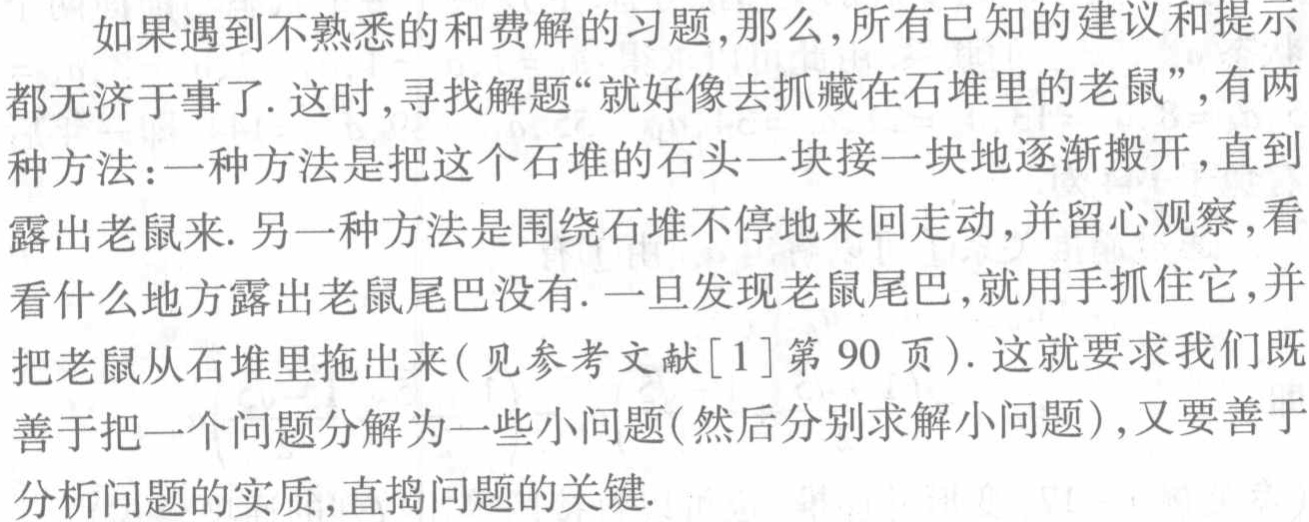
如果遇到不熟悉的和费解的习题,那么,所有已知的建议和提示都无济于事了. 这时,寻找解题“就好像去抓藏在石堆里的老鼠”,有两种方法：一种方法是把这个石堆的石头一块接一块地逐渐搬开,直到露出老鼠来. 另一种方法是围绕石堆不停地来回走动,并留心观察,看看什么地方露出老鼠尾巴没有. 一旦发现老鼠尾巴,就用手抓住它,并把老鼠从石堆里拖出来(见参考文献[1]第 90 页). 这就要求我们既善于把一个问题分解为一些小问题(然后分别求解小问题),又要善于分析问题的实质,直捣问题的关键.